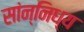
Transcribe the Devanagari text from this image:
सांन्निध्य